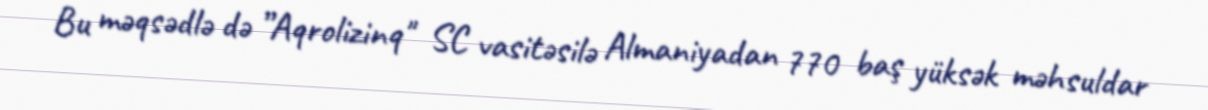
Bu məqsədlə də ”Aqrolizinq" SC vasitəsilə Almaniyadan 770 baş yüksək məhsuldar